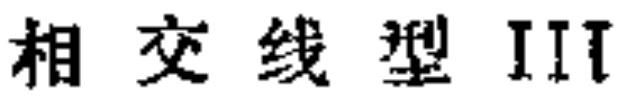
相交线型III